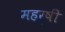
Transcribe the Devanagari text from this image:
महर्षीं